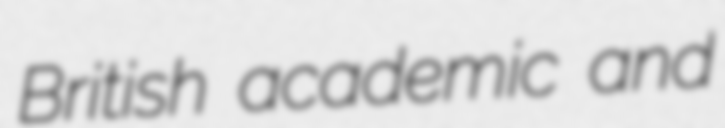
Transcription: British academic and